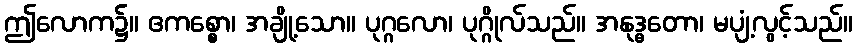
ဤလောက၌။ ဧကစ္စော၊ အချို့သော။ ပုဂ္ဂလော၊ ပုဂ္ဂိုလ်သည်။ အနုဒ္ဓတော၊ မပျံ့လွင့်သည်။